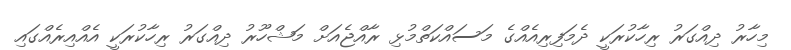
މިހާރު ދިއްގަރު ރިހާކުރަކީ ދެމަފިރިއެއްގެ މަސައްކަތްމުޅި ރާއްޖެއަށް މަޝްހޫރު ދިއްގަރު ރިހާކުރަކީ އެއްއިރެއްގައި